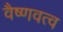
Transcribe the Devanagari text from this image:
वैष्णवत्व